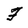
Character: F